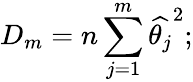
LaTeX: D_{m}=n\sum_{j=1}^{m}\widehat{\theta_{j}}^{2};